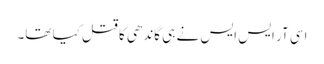
اسی آر ایس ایس نے ہی گاندھی کا قتل کیا تھا۔